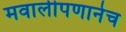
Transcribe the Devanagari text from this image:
मवालीपणानेच